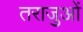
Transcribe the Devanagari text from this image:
तराजुओं